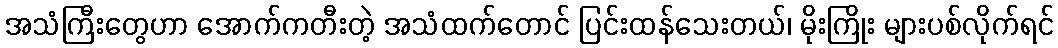
အသံကြီးတွေဟာ အောက်ကတီးတဲ့ အသံထက်တောင် ပြင်းထန်သေးတယ်၊ မိုးကြိုး များပစ်လိုက်ရင်